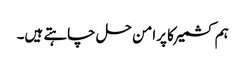
ہم کشمیر کا پرامن حل چاہتے ہیں۔